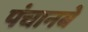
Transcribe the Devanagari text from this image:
पंचानबे